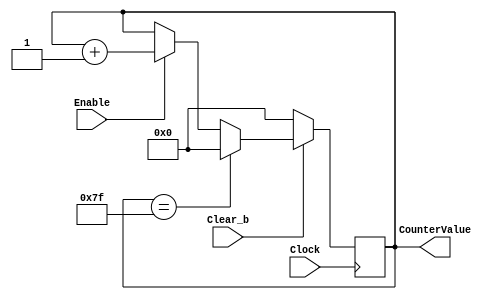
module part1(Clock, Enable, Clear_b, CounterValue);
input Clock, Enable, Clear_b;
output reg [7:0] CounterValue;

    always @(posedge Clock) begin
        if (!Clear_b)
            CounterValue <= 0;
        else if (CounterValue == 7'b1111111)
            CounterValue <= 0;
        else if (Enable) 
            CounterValue <= CounterValue + 1;
    end

endmodule